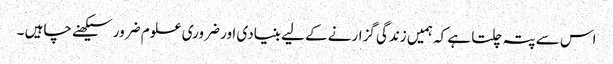
اس سے پتہ چلتا ہے کہ ہمیں زندگی گزارنے کے لیے بنیادی اور ضروری علوم ضرور سیکھنے چاہیں ۔